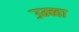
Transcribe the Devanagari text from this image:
उम्ब्वा